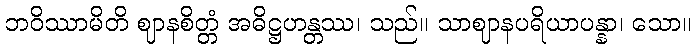
ဘဝိဿာမိတိ ဈာနစိတ္တံ အဓိဋ္ဌဟန္တဿ၊ သည်။ သာဈာနပရိယာပန္နာ၊ သော။